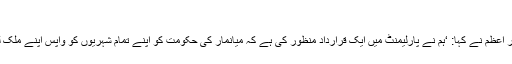
’
بنگلہ دیشی وزیرِ اعظم نے کہا: ‘ہم نے پارلیمنٹ میں ایک قرارداد منظور کی ہے کہ میانمار کی حکومت کو اپنے تمام شہریوں کو واپس اپنے ملک لے جانا چاہیے۔